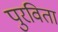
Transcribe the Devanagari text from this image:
पुरविता